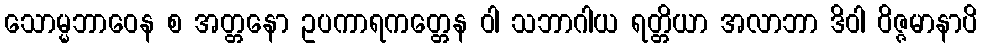
သောမ္မဘာဝေန စ အတ္တနော ဥပကာရကတ္တေန ဝါ သဘာဂါယ ရတ္တိယာ အလာဘာ ဒိဝါ ဝိဇ္ဇမာနာပိ